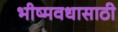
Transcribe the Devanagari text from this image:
भीष्मवधासाठी